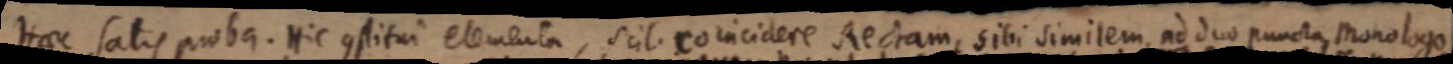
Haec Satis proba. Hic constitui elementa, scil coincidere Rectam, sibi similem, ad duo puncta Monologo